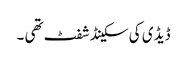
ڈیڈ ی کی سکینڈ شفٹ تھی ۔